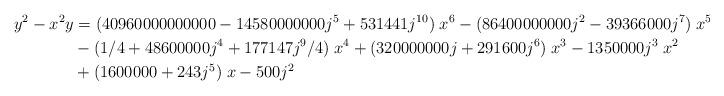
LaTeX: \begin{align*}y^2 - x^2y & =(40960000000000 - 14580000000 j^5 + 531441 j^{10})\; x^6 - (86400000000 j^2 - 39366000 j^7 )\;x^5\\&- (1/4 + 48600000 j^4 + 177147 j^9 /4)\;x^4 + (320000000 j + 291600 j^6 )\;x^3 - 1350000 j^3 \;x^2 \\&+ (1600000 + 243 j^5 )\;x-500 j^2\end{align*}